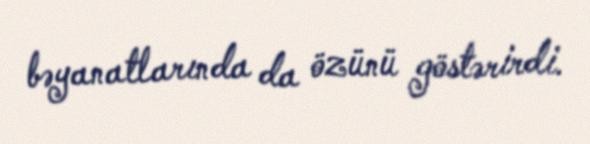
bəyanatlarında da özünü göstərirdi.